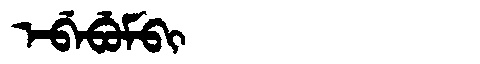
Manchu: ᡝᠪᡝᠪᡠᠮᠪᡳ
Romanization: EBEBUMBI